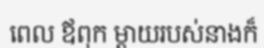
ពេល ឪពុក ម្តាយរបស់នាងក៏